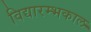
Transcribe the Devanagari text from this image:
विद्यारम्भकाल